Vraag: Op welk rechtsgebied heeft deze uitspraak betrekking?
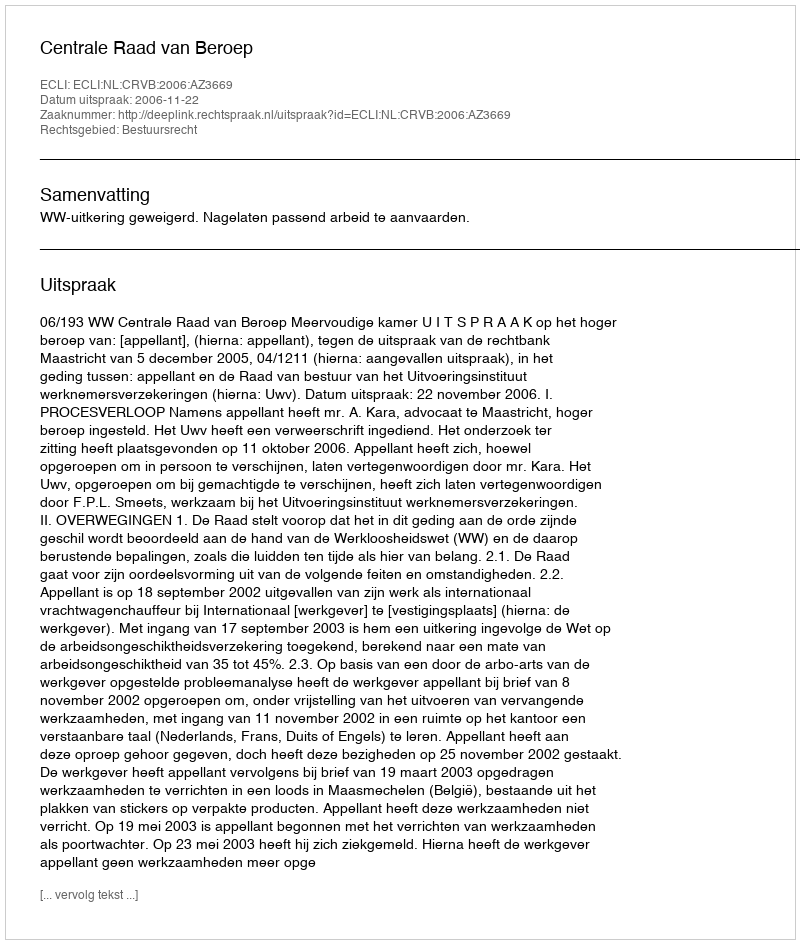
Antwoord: Bestuursrecht